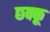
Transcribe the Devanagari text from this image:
छक्कू